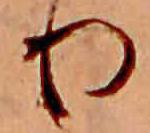
り